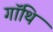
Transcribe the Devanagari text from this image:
गॉथि